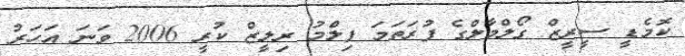
ކޮމެޑީ ސީރީޒް ގޯލްމާލްގެ ފުރަތަމަ ފިލްމު ރިލީޒް ކުރީ 2006 ވަނަ އަހަރު